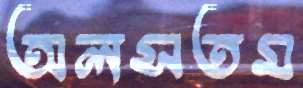
অলসতম